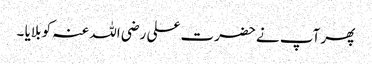
پھر آپ نے حضرت علی رضی اللہ عنہ کو بلایا ۔